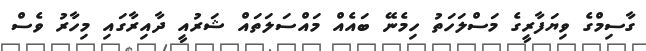
ގާސިމްގެ ވިޔަފާރީގެ މަސްލަހަތު ހިމެނޭ ބައެއް މައްސަލަތައް ޝަރުއީ ދާއިރާގައި މިހާރު ވެސް